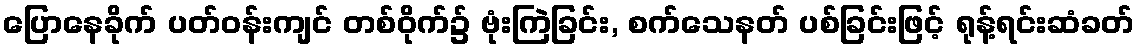
ပြောနေခိုက် ပတ်ဝန်းကျင် တစ်ဝိုက်၌ ဗုံးကြဲခြင်း, စက်သေနတ် ပစ်ခြင်းဖြင့် ရုန့်ရင်းဆံခတ်